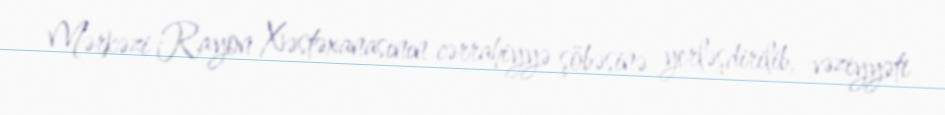
Mərkəzi Rayon Xəstəxanasının cərrahiyyə şöbəsinə yerləşdirilib, vəziyyəti